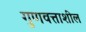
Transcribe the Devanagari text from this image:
गुणवत्ताशील